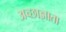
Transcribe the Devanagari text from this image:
अच्छाज्ञाता